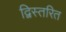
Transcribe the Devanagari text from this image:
द्विस्तरित